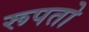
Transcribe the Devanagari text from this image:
रूपतो